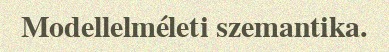
Modellelméleti szemantika.